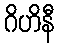
ဂိဟိနီ